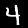
Label: 4